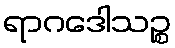
ရာဂဒေါသဉ္စ